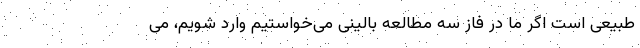
طبیعی است اگر ما در فاز سه مطالعه بالینی می‌خواستیم وارد شویم، می